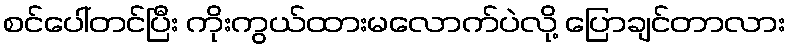
စင်ပေါ်တင်ပြီး ကိုးကွယ်ထားမလောက်ပဲလို့ ပြောချင်တာလား